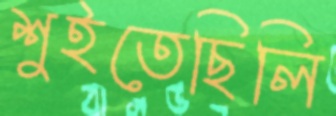
শুইতেছিলি